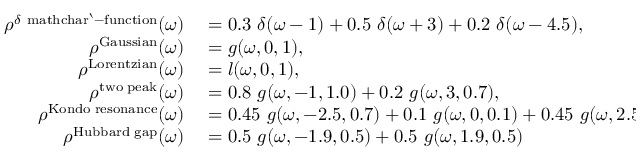
\begin{array} { r l } { \rho ^ { \delta \mathrm { \ m a t h c h a r ` - f u n c t i o n } } ( \omega ) } & { { } = 0 . 3 ~ \delta ( \omega - 1 ) + 0 . 5 ~ \delta ( \omega + 3 ) + 0 . 2 ~ \delta ( \omega - 4 . 5 ) , } \\ { \rho ^ { \mathrm { G a u s s i a n } } ( \omega ) } & { { } = g ( \omega , 0 , 1 ) , } \\ { \rho ^ { \mathrm { L o r e n t z i a n } } ( \omega ) } & { { } = l ( \omega , 0 , 1 ) , } \\ { \rho ^ { \mathrm { t w o \, \, p e a k } } ( \omega ) } & { { } = 0 . 8 ~ g ( \omega , - 1 , 1 . 0 ) + 0 . 2 ~ g ( \omega , 3 , 0 . 7 ) , } \\ { \rho ^ { \mathrm { K o n d o \, \, r e s o n a n c e } } ( \omega ) } & { { } = 0 . 4 5 ~ g ( \omega , - 2 . 5 , 0 . 7 ) + 0 . 1 ~ g ( \omega , 0 , 0 . 1 ) + 0 . 4 5 ~ g ( \omega , 2 . 5 , 0 . 7 ) } \\ { \rho ^ { \mathrm { H u b b a r d \, \, g a p } } ( \omega ) } & { { } = 0 . 5 ~ g ( \omega , - 1 . 9 , 0 . 5 ) + 0 . 5 ~ g ( \omega , 1 . 9 , 0 . 5 ) } \end{array}